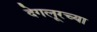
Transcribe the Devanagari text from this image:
देगलूरच्या